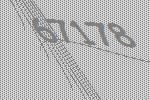
67178